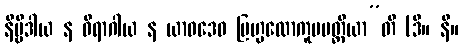
နိဗ္ဗိဒါယ န ဝိရာဂါယ န ယာဝဒေဝ ဗြဟ္မလောကူပပတ္တိယာ”တိ (ဒီ။ နိ။